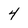
Character: 4